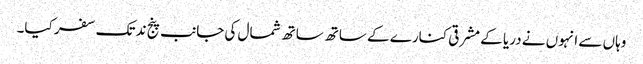
وہاں سے انہوں نے دریا کے مشرقی کنارے کے ساتھ ساتھ شمال کی جانب پنج ند تک سفر کیا۔